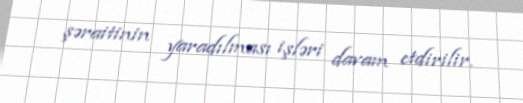
şəraitinin yaradılması işləri davam etdirilir.